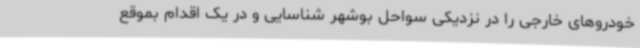
خودروهای خارجی را در نزدیکی سواحل بوشهر شناسایی و در یک اقدام بموقع